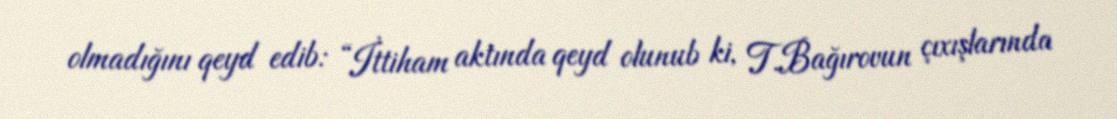
olmadığını qeyd edib: “İttiham aktında qeyd olunub ki, T.Bağırovun çıxışlarında